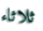
ثلاثاء